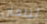
ليتمان